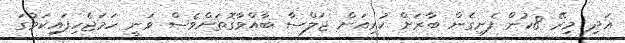
އަދި މިރޭ 8ކުން ފެށިގެން ބާރަށް ކުރިއަށް ޖަލްސާ ބާއްވާގޮތަށްވެސް ވަނީ ހަމަޖެހިފައިކަމުގަ